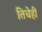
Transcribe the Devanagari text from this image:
तिचेही